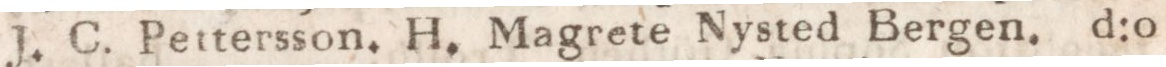
J. C. Pettersson. H. Magrete Nysted Bergen. d:o